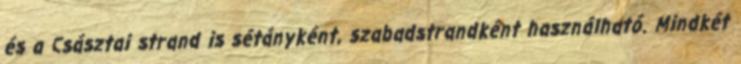
és a Császtai strand is sétányként, szabadstrandként használható. Mindkét